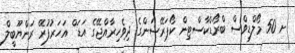
ށ 50 މޯލްޑިވްސް ބްރޯޑްކާސްޓިން ކޯޕަރޭޝަންގެ ދިވެހިރާއްޖޭގެ އަޑަ ް އަހަރުފުރޭ ރަންޔޫބީލް